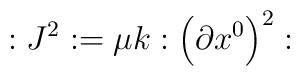
:J^2:=\mu k:\left( \partial x^0\right) ^2: